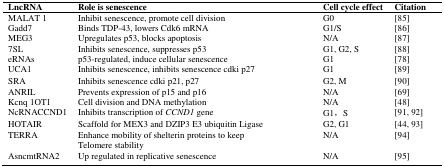
<table><thead><tr><td><b>LncRNA</b></td><td><b>Role is senescence</b></td><td><b>Cell cycle effect</b></td><td><b>Citation</b></td></tr></thead><tbody><tr><td>MALAT 1</td><td>Inhibit senescence, promote cell division</td><td>G0</td><td>[85]</td></tr><tr><td>Gadd7</td><td>Binds TDP-43, lowers Cdk6 mRNA</td><td>G1/S</td><td>[86]</td></tr><tr><td>MEG3</td><td>Upregulates p53, blocks apoptosis</td><td>N/A</td><td>[87]</td></tr><tr><td>7SL</td><td>Inhibits senescence, suppresses p53</td><td>G1, G2, S</td><td>[88]</td></tr><tr><td>eRNAs</td><td>p53-regulated, induce cellular senescence</td><td>G1</td><td>[78]</td></tr><tr><td>UCA1</td><td>Inhibits senescence, inhibits senescence cdki p27</td><td>G1</td><td>[89]</td></tr><tr><td>SRA</td><td>Inhibits senescence cdki p21, p27</td><td>G2, M</td><td>[90]</td></tr><tr><td>ANRIL</td><td>Prevents expression of p15 and p16</td><td>N/A</td><td>[69]</td></tr><tr><td>Kcnq 1OT1</td><td>Cell division and DNA methylation</td><td>N/A</td><td>[48]</td></tr><tr><td>NcRNACCND1</td><td>Inhibits transcription of <i>CCND1</i> gene</td><td>G1,S</td><td>[91, 92]</td></tr><tr><td>HOTAIR</td><td>Scaffold for MEX3 and DZIP3 E3 ubiquitin Ligase</td><td>G2, G1</td><td>[44, 93]</td></tr><tr><td>TERRA</td><td>Enhance mobility of shelterin proteins to keepTelomere stability</td><td>N/A</td><td>[94]</td></tr><tr><td>AsncmtRNA2</td><td>Up regulated in replicative senescence</td><td>N/A</td><td>[95]</td></tr></tbody></table>